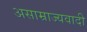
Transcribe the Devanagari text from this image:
असाम्राज्यवादी